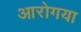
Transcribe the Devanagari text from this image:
आरोगया